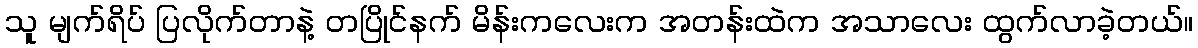
သူ မျက်ရိပ် ပြလိုက်တာနဲ့ တပြိုင်နက် မိန်းကလေးက အတန်းထဲက အသာလေး ထွက်လာခဲ့တယ်။